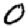
Digit: 0